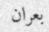
بعران